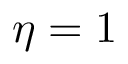
\eta = 1